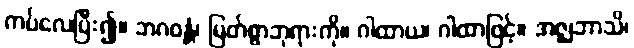
ကပ်လေပြီး၍။ ဘဂဝန္တံ၊ မြတ်စွာဘုရားကို။ ဂါထာယ၊ ဂါထာဖြင့်။ အဇ္ဈဘာသိ၊